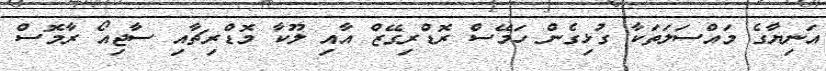
އަނިޔާގެ މައްސަލަތަކާ ގުޅިގެން ހަމޭސް ރޮޑްރިގޭޒް އާއި ލޫކާ މޮޑްރިޗާއި ސާޖިއޯ ރާމޮސް